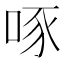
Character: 啄